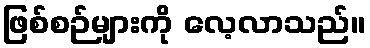
ဖြစ်စဉ်များကို လေ့လာသည်။